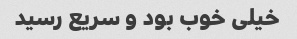
خیلی خوب بود و سریع رسید